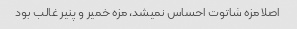
اصلا مزه شاتوت احساس نمیشد، مزه خمیر و پنیر غالب بود